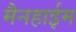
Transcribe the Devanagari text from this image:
मैनहाईम